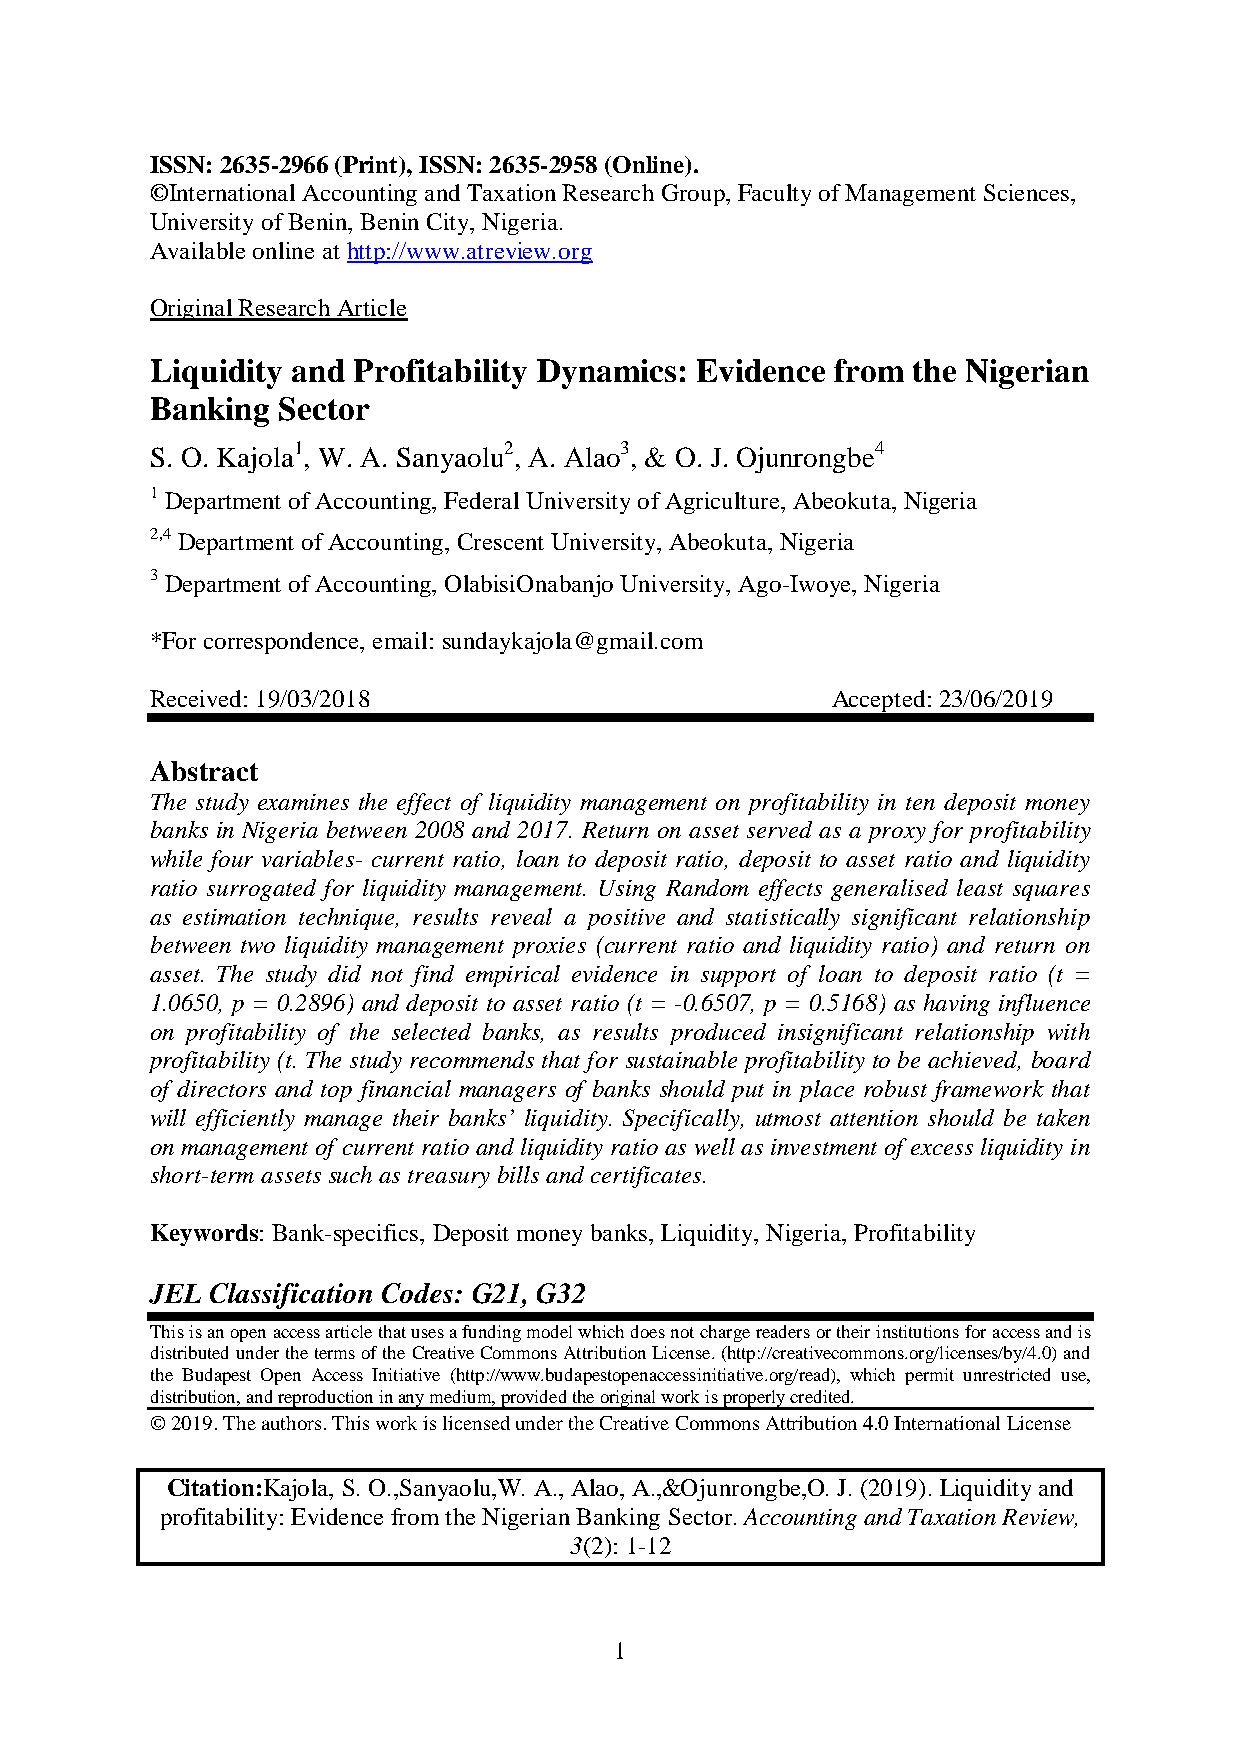
Kajola, Sanwaolu, Alao, &Ojunrongbe. Liquidity and Profitability…
 ISSN: 2635-2966 (Print), ISSN: 2635-2958 (Online).
 ©International Accounting and Taxation Research Group, Faculty of Management Sciences,
 University of Benin, Benin City, Nigeria.
 Available online at http://www.atreview.org
 Original Research Article
 Liquidity and Profitability Dynamics: Evidence from the Nigerian
 Banking Sector
 S. O. Kajola1, W. A. Sanyaolu2, A. Alao3, & O. J. Ojunrongbe4
 1 Department of Accounting, Federal University of Agriculture, Abeokuta, Nigeria
 2,4 Department of Accounting, Crescent University, Abeokuta, Nigeria
 3 Department of Accounting, OlabisiOnabanjo University, Ago-Iwoye, Nigeria
 *For correspondence, email: sundaykajola@gmail.com
 Received: 19/03/2018                         Accepted: 23/06/2019
 Abstract
 The study examines the effect of liquidity management on profitability in ten deposit money
 banks in Nigeria between 2008 and 2017. Return on asset served as a proxy for profitability
 while four variables- current ratio, loan to deposit ratio, deposit to asset ratio and liquidity
 ratio surrogated for liquidity management. Using Random effects generalised least squares
 as estimation technique, results reveal a positive and statistically significant relationship
 between two liquidity management proxies (current ratio and liquidity ratio) and return on
 asset. The study did not find empirical evidence in support of loan to deposit ratio (t =
 1.0650, p = 0.2896) and deposit to asset ratio (t = -0.6507, p = 0.5168) as having influence
 on profitability of the selected banks, as results produced insignificant relationship with
 profitability (t. The study recommends that for sustainable profitability to be achieved, board
 of directors and top financial managers of banks should put in place robust framework that
 will efficiently manage their banks’ liquidity. Specifically, utmost attention should be taken
 on management of current ratio and liquidity ratio as well as investment of excess liquidity in
 short-term assets such as treasury bills and certificates.
 Keywords: Bank-specifics, Deposit money banks, Liquidity, Nigeria, Profitability
 JEL Classification Codes: G21, G32
 This is an open access article that uses a funding model which does not charge readers or their institutions for access and is
 distributed under the terms of the Creative Commons Attribution License. (http://creativecommons.org/licenses/by/4.0) and
 the Budapest Open Access Initiative (http://www.budapestopenaccessinitiative.org/read), which permit unrestricted use,
 distribution, and reproduction in any medium, provided the original work is properly credited.
 © 2019. The authors. This work is licensed under the Creative Commons Attribution 4.0 International License
 Citation:Kajola, S. O.,Sanyaolu,W. A., Alao, A.,&Ojunrongbe,O. J. (2019). Liquidity and
 profitability: Evidence from the Nigerian Banking Sector. Accounting and Taxation Review,
 3(2): 1-12
 1